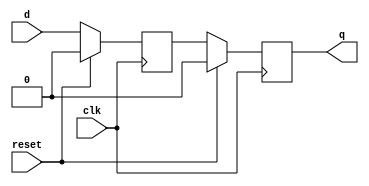
module dff_delay (
    input d, clk, reset,
    output reg q
);

reg d_delayed;

always @ (posedge clk) begin
    if (reset) begin
        q <= 1'b0;
        d_delayed <= 1'b0;
    end else begin
        d_delayed <= d;
        q <= d_delayed;
    end
end

endmodule